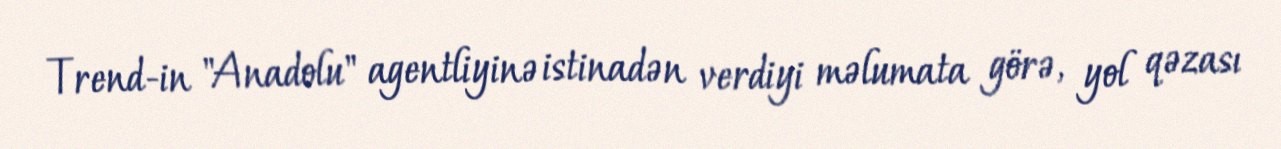
Trend-in "Anadolu" agentliyinə istinadən verdiyi məlumata görə, yol qəzası